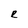
Character: e